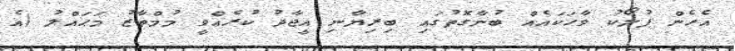
އެހެން ފުލޯކު ވާހަކައެއް ބުނާގޮތުގައި ބިރިޔާނި އީޖާދު ކުރެއްވީ މުމްތާޒު މަޙައްލު (އެ